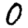
Digit: 0